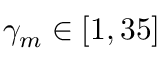
\gamma _ { m } \in [ 1 , 3 5 ]